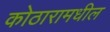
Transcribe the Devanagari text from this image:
कोठारामधील